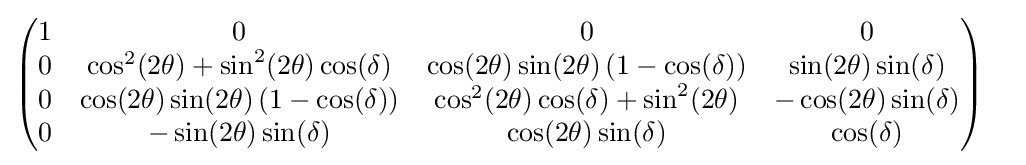
{\begin{pmatrix}1&0&0&0\\0&\cos ^{2}(2\theta )+\sin ^{2}(2\theta )\cos(\delta )&\cos(2\theta )\sin(2\theta )\left(1-\cos(\delta )\right)&\sin(2\theta )\sin(\delta )\\0&\cos(2\theta )\sin(2\theta )\left(1-\cos(\delta )\right)&\cos ^{2}(2\theta )\cos(\delta )+\sin ^{2}(2\theta )&-\cos(2\theta )\sin(\delta )\\0&-\sin(2\theta )\sin(\delta )&\cos(2\theta )\sin(\delta )&\cos(\delta )\end{pmatrix}}\quad